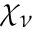
\chi _ { \nu }